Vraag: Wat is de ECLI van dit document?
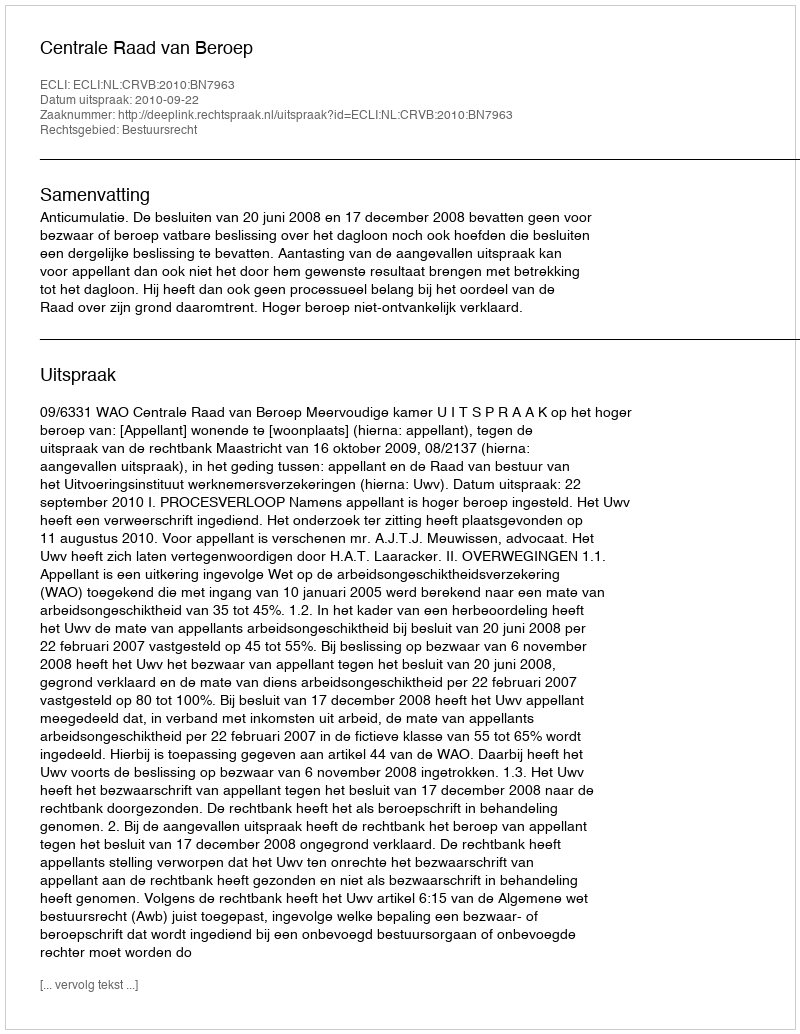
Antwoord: ECLI:NL:CRVB:2010:BN7963